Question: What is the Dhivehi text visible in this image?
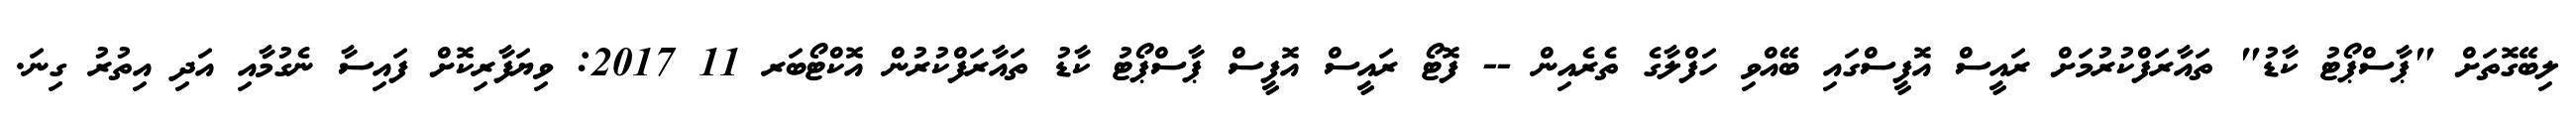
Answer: ލިބޭގޮތަށް "ޕާސްޕޯޓު ކާޑު" ތައާރަފްކުރުމަށް ރައީސް އޮފީސްގައި ބޭއްވި ހަފްލާގެ ތެރެއިން -- ފޮޓޯ ރައީސް އޮފީސް ޕާސްޕޯޓު ކާޑު ތައާރަފްކުރުން އޮކްޓޯބަރ 11 2017: ވިޔަފާރިކޮށް ފައިސާ ނެގުމާއި އަދި އިތުރު ގިނަ.